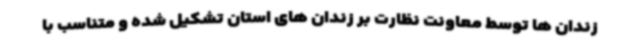
زندان ها توسط معاونت نظارت بر زندان های استان تشکیل شده و متناسب با